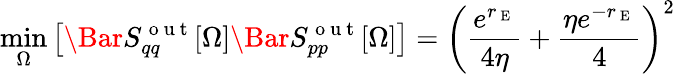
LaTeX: \operatorname*{min}_{\Omega}\left[\Bar{S}_{qq}^{\mathrm{~o~u~t~}}[\Omega]\Bar{S}_{pp}^{\mathrm{~o~u~t~}}[\Omega]\right]=\left(\frac{e^{r_{\mathrm{~E~}}}}{4\eta}+\frac{\eta e^{-r_{\mathrm{~E~}}}}{4}\right)^{2}